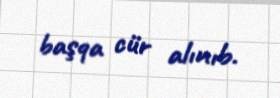
başqa cür alınıb.